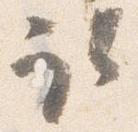
取